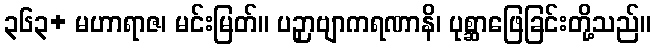
၃၆၃+ မဟာရာဇ၊ မင်းမြတ်။ ပဉှာဗျာကရဏာနိ၊ ပုစ္ဆာဖြေခြင်းတို့သည်။